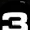
Digit: 3